Distribution and causation of leprosy in British India
Year: 1875
Disease focus: Leprosy
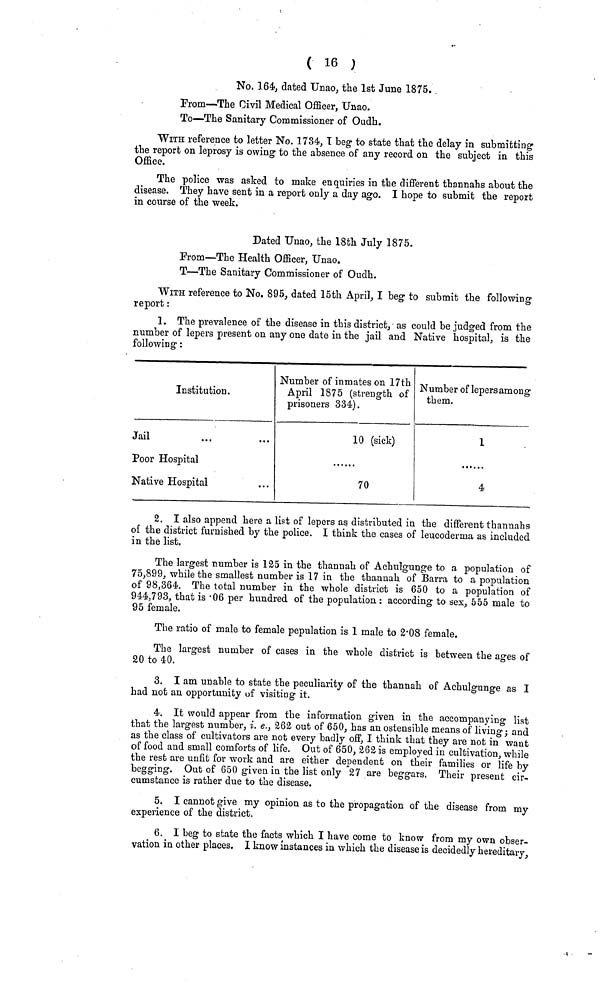
( 16 )
No, 164, dated Unao, the 1st June 1875.
From—The Civil Medical Officer, Unao.
To—The Sanitary Commissioner of Oudh.
WITH reference to letter No. 1734, T beg- to state that the delay in submitting
the report on leprosy is owing to the absence of any record on the subject in this
Office.
The police was asked to make enquiries in the different thannahs about the
disease. They have sent in a report only a day ago. I hope to submit the report
in course of the week.
Dated Unao, the 18th July 1875.
From—The Health Officer, Unao.
T—The Sanitary Commissioner of Oudh.
WITH reference to No. 895, dated 15th April, I beg to submit the following
report :
1. The prevalence of the disease in this district, as could be judged from the
number of lepers present on any one date in the jail and Native hospital, is the
following :
Institution.
Jail
Poor Hospital
Native Hospital
Number of inmates on 17th
April 1875 (strength of
prisoners 334).
10 (sick)
70
Number of lepers among
them.
1
4
2. I also append here a list of lepers as distributed in the different thannahs
of the district furnished by the police. I think the cases of leucoderma as included
in the list.
The largest number is 125 in the thannah of Achulgunge to a population of
75,899, while the smallest number is 17 in the thannah of Barra to a population
of 98,364. The total number in the whole district is 650 to a population of
944,793, that is '06 per hundred of the population : according to sex, 555 male to
95 female.
The ratio of male to female pepulation is 1 male to 2'08 female.
The largest number of cases in the whole district is between the ages of
20 to 40.
3. I am unable to state the peculiarity of the thannah of Achulgunge as I
had not an opportunity of visiting it.
4. It would appear from the information given in the accompanying list
that the largest number, i. e., 262 out of 650, has an ostensible means of living; and
as the class of cultivators are not every badly off, I think that they are not in want
of food and small comforts of life. Out of 650, 262 is employed in cultivation, while
the rest are unfit for work and are either dependent on their families or life by
begging. Out of 650 given in the list only 27 are beggars. Their present cir-
cumstance is rather due to the disease.
5. I cannot give my opinion as to the propagation of the disease from my
experience of the district.
6. I beg to state the facts which I have come to know from my own obser-
vation in other places. I know instances in which the disease is decidedly hereditary,